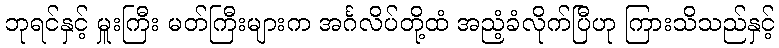
ဘုရင်နှင့် မှူးကြီး မတ်ကြီးများက အင်္ဂလိပ်တို့ထံ အညံ့ခံလိုက်ပြီဟု ကြားသိသည်နှင့်